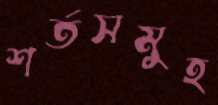
শর্তসমুহ